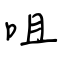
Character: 咀